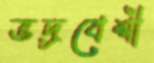
ভদ্রবেশী